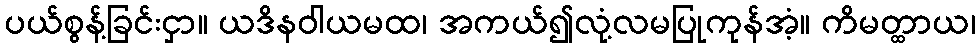
ပယ်စွန့်ခြင်းငှာ။ ယဒိနဝါယမထ၊ အကယ်၍လုံ့လမပြုကုန်အံ့။ ကိမတ္ထာယ၊